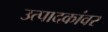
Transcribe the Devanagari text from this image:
उत्पादकांवर